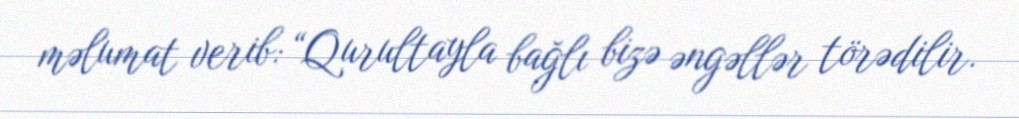
məlumat verib: “Qurultayla bağlı bizə əngəllər törədilir.